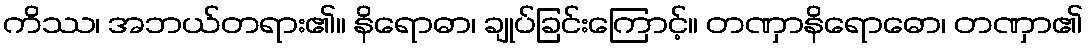
ကိဿ၊ အဘယ်တရား၏။ နိရောဓာ၊ ချုပ်ခြင်းကြောင့်။ တဏှာနိရောဓော၊ တဏှာ၏